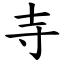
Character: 寺